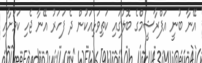
އޭނާ ބުނީ އަފްރާޝީމްގެ ބޮލުގައި ކަތިވަޅިއަކުން ދެ ފަހަރު އޭނާ ޖެހި ކަމަށާއި